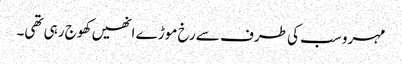
مہرو سب کی طرف سے رخ موڑ ے انھیں کھوج رہی تھی۔